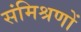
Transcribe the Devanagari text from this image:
संमिश्रणों